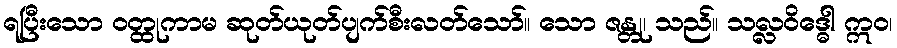
ရပြီးသော ဝတ္ထုကာမ ဆုတ်ယုတ်ပျက်စီးလတ်သော်။ သော ဇန္တု၊ သည်။ သလ္လဝိဒ္ဓေါ ဣဝ၊